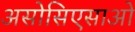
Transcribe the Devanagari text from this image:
असोसिएसाओ